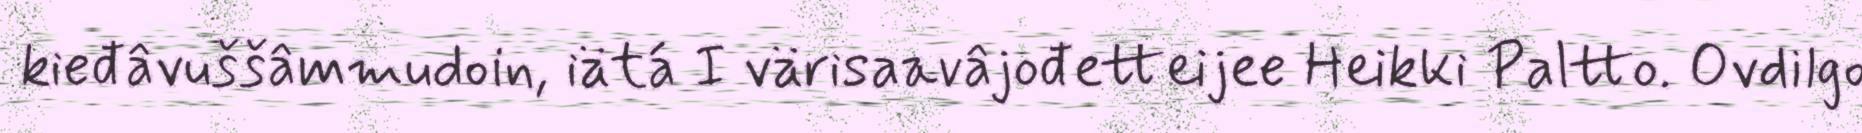
kieđâvuššâmmudoin, iätá I värisaavâjođetteijee Heikki Paltto. Ovdilgo